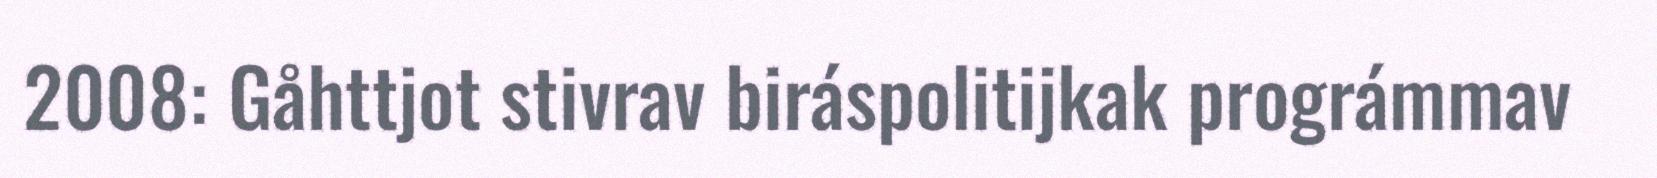
2008: Gåhttjot stivrav biráspolitijkak prográmmav